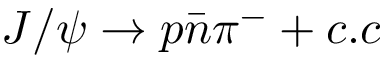
J / \psi \to p \bar { n } \pi ^ { - } + c . c